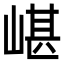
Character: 嵁